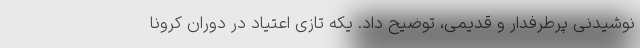
نوشیدنی پرطرفدار و قدیمی، توضیح داد. یکه ‌تازی اعتیاد در دوران کرونا